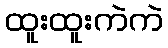
ထူးထူးကဲကဲ